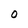
Character: O